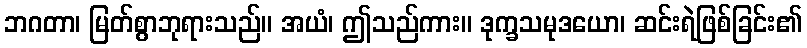
ဘဂတာ၊ မြတ်စွာဘုရားသည်။ အယံ၊ ဤသည်ကား။ ဒုက္ခသမုဒယော၊ ဆင်းရဲဖြစ်ခြင်း၏